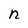
Character: n